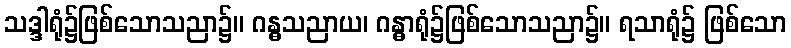
သဒ္ဒါရုံ၌ဖြစ်သောသညာ၌။ ဂန္ဓသညာယ၊ ဂန္ဓာရုံ၌ဖြစ်သောသညာ၌။ ရသာရုံ၌ ဖြစ်သော